Report of an investigation of the epidemic of malarial fever in Assam, or, kala-azar
Disease focus: Malaria
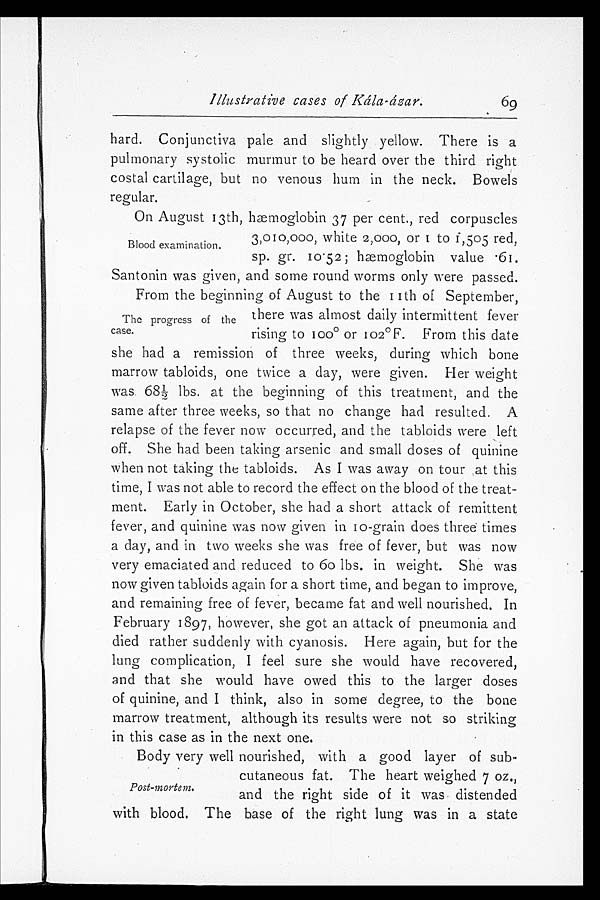
Illustrative cases of Kála-ázar.
69
hard. Conjunctiva pale and slightly yellow. There is a
pulmonary systolic murmur to be heard over the third right
costal cartilage, but no venous hum in the neck. Bowels
regular.
Blood examination.
On August 13th, hæmoglobin 37 per cent., red corpuscles
3,010,000, white 2,000, or 1 to 1,505 red,
sp. gr. 10.52; hæmoglobin value .6
1. Santonin was given, and some round worms only were passed.
The progress of the
case.
From the beginning of August to the 11th of September,
there was almost daily intermittent fever
rising to 100° or 102°F. From this date
she had a remission of three weeks, during which bone
marrow tabloids, one twice a day, were given. Her weight
was 68½ lbs. at the beginning of this treatment, and the
same after three weeks, so that no change had resulted. A
relapse of the fever now occurred, and the tabloids were left
off. She had been taking arsenic and small doses of quinine
when not taking the tabloids. As I was away on tour at this
time, I was not able to record the effect on the blood of the treat
- m e n t . E a r l y i n O c t o b e r , s h e h a d a s h o r t a t t a c k o f r e m i t t e n t
fever, and quinine was now given in 10-grain does three times
a day, and in two weeks she was free of fever, but was now
very emaciated and reduced to 60 lbs. in weight. She was
now given tabloids again for a short time, and began to improve,
and remaining free of fever, became fat and well nourished, In
February 1897, however, she got an attack of pneumonia and
died rather suddenly with cyanosis. Here again, but for the
lung complication, I feel sure she would have recovered,
and that she would have owed this to the larger doses
of quinine, and I think, also in some degree, to the bone
marrow treatment, although its results were not so striking
in this case as in the next one.
Post-mortem.
Body very well nourished, with a good layer of sub
-
cutaneous fat. The heart weighed 7 oz.,
and the right side of it was distended
with blood. The base of the right lung was in a state